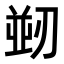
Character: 𭄀